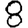
Digit: 8